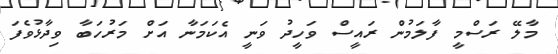
މާލޭ ރަސްމީ ފާލަމުން ރައީސް ވަހީދު ވަނީ އެކަމަނާ އަށް މަރުހަބާ ވިދާޅުވެފަ